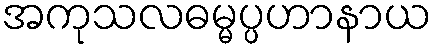
အကုသလဓမ္မပ္ပဟာနာယ